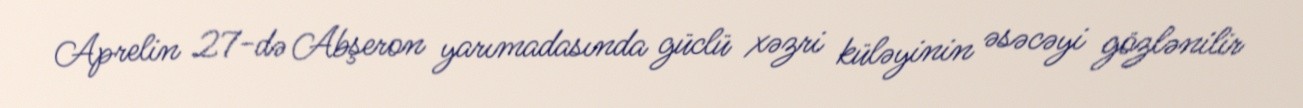
Aprelin 27-də Abşeron yarımadasında güclü xəzri küləyinin əsəcəyi gözlənilir